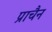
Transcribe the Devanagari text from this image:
प्राचैन